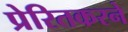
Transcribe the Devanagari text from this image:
प्रेरितकरने